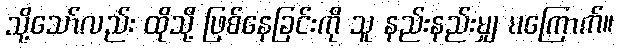
သို့သော်လည်း ထိုသို့ ဖြစ်နေခြင်းကို သူ နည်းနည်းမျှ မကြောက်။